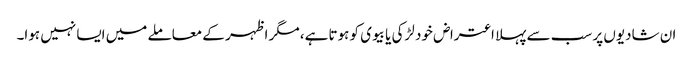
ان شادیوں پر سب سے پہلا اعتراض خود لڑکی یا بیوی کو ہوتا ہے، مگر اظہر کے معاملے میں ایسا نہیں ہوا۔